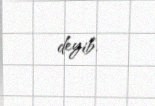
deyib.